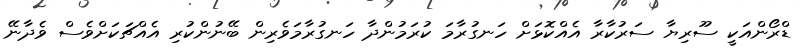
ޑްރޯންއަކީ ސޫރިޔާ ސަރުކާރާ އެއްކޮޅަށް ހަނގުރާމަ ކުރަމުންދާ ހަނގުރާމަވެރިން ބޭނުންކުރި އެއްޗަކަށްވެސް ވެދާނޭ